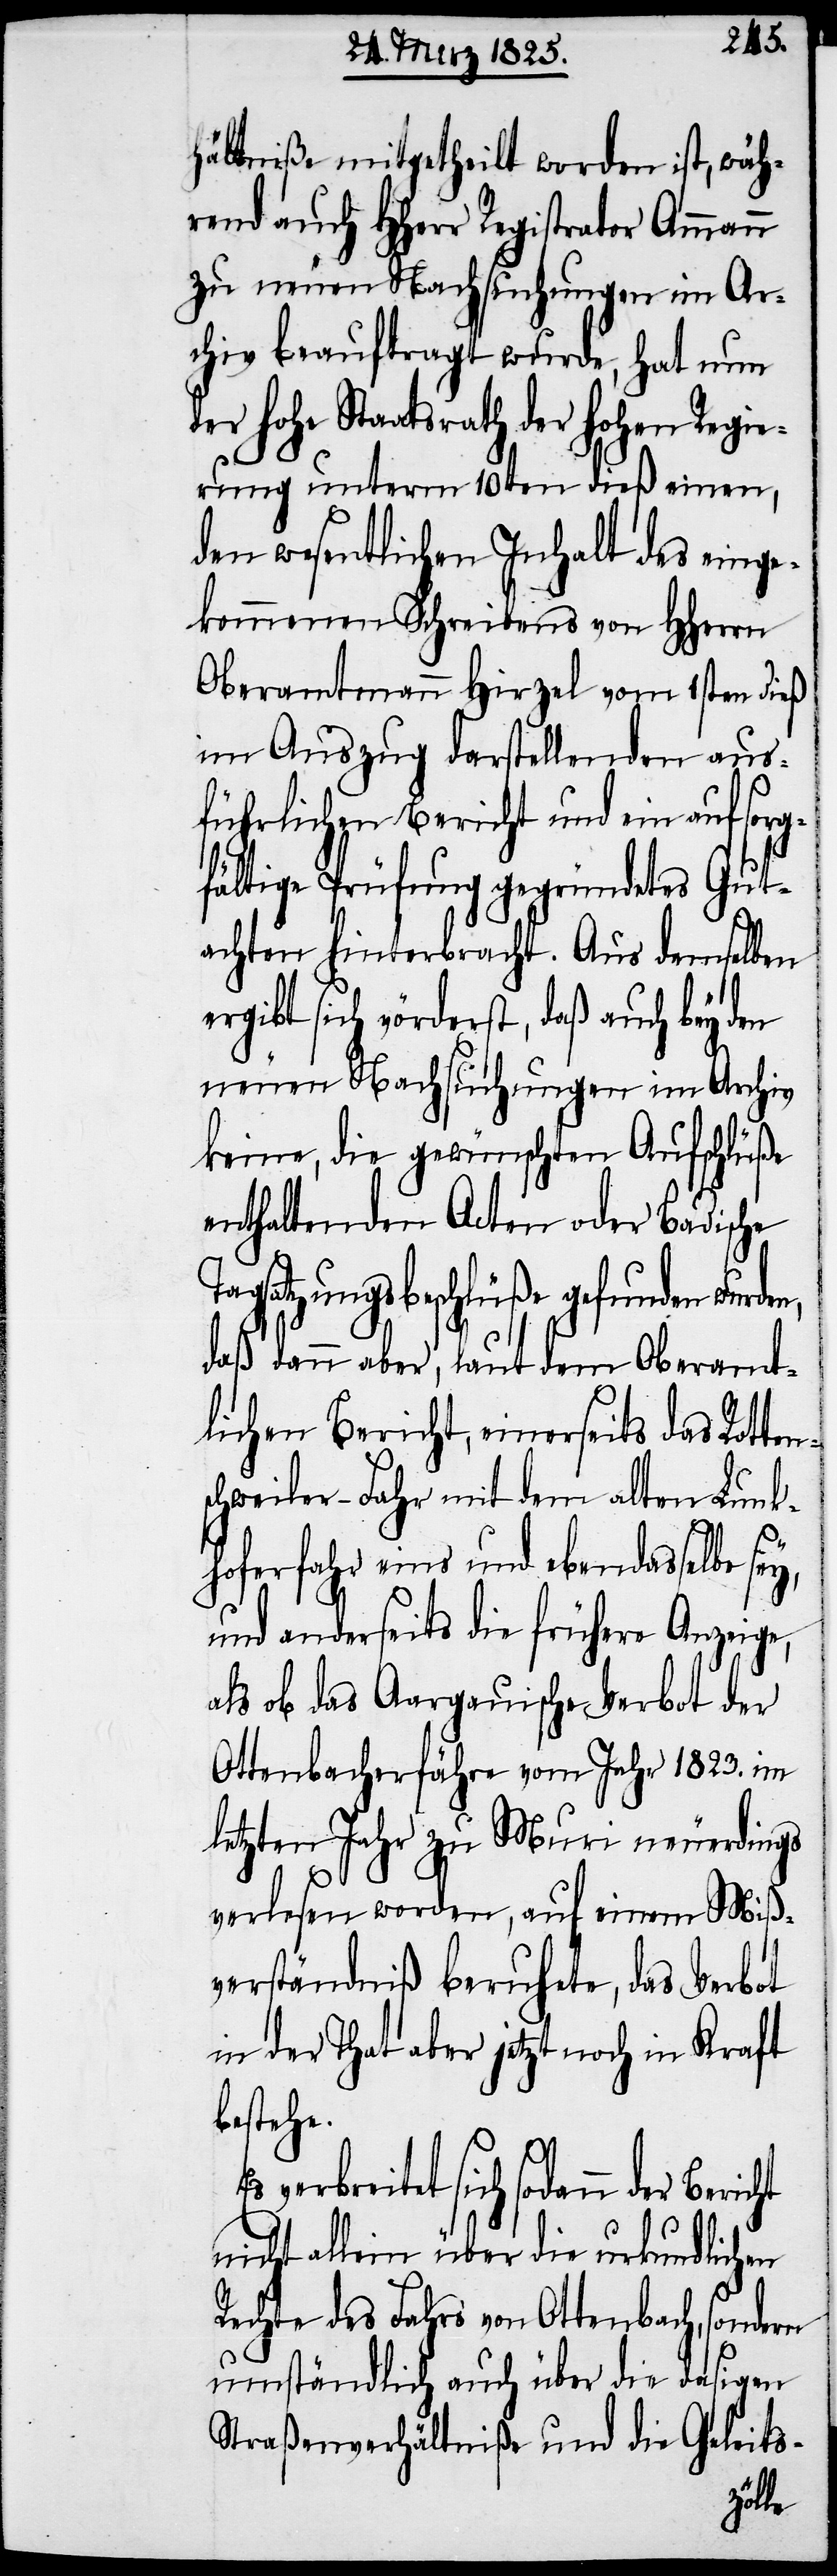
hältniße mitgetheilt worden ist, wäh¬
rend auch HHerr Registrator Ammann
zu neuen Nachsuchungen im Ar¬
chiv beauftragt wurde, hat nun
der hohe Staatsrath der hohen Regie¬
rung unterm 10ten dieß einen,
den wesentlichen Inhalt des einge¬
kommenen Schreibens von HHerrn
Oberamtmann Hirzel vom 1sten dieß
im Auszug darstellenden aus¬
führlichen Bericht und ein auf sorg¬
fältige Prüfung gegründetes Gut¬
achten hinterbracht. Aus demselben
ergibt sich vörderst, daß auch bey den
neuen Nachsuchungen im Archiv
keine, die gewünschten Aufschlüße
enthaltenden Acten oder Badische
Tagsatzungsbeschlüße gefunden wurden,
daß dann aber, laut dem Oberamt¬
lichen Bericht, einerseits das Rotten¬
schweiler-Fahr mit dem alten Lunk¬
hoferfahr eins und ebendasselbe sey,
und anderseits die frühere Anzeige,
als ob das Aargauische Verbot der
Ottenbacherfähre vom Jahr 1823. im
letzten Jahr zu Muri neuerdings
verlesen worden, auf einem Miß¬
verständniß beruhete, das Verbot
in der That aber jetzt noch in Kraft
bestehe.
verbreitet sich sodann der
nicht allein über die urkundlichen
Rechte des Fahrs von Ottenbach, sondern
umständlich auch über die dasigen
Straßenverhältniße und die Geleits-